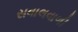
સવાલવાળી